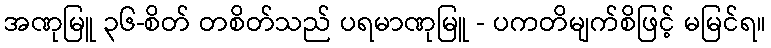
အဏုမြူ ၃၆-စိတ် တစိတ်သည် ပရမာဏုမြူ - ပကတိမျက်စိဖြင့် မမြင်ရ။